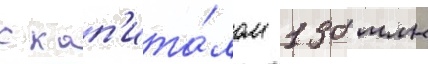
с кап'ита́лом 130 млн